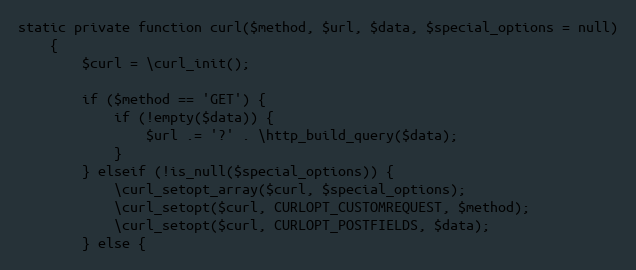
Language: PHP
static private function curl($method, $url, $data, $special_options = null)
    {
        $curl = \curl_init();

        if ($method == 'GET') {
            if (!empty($data)) {
                $url .= '?' . \http_build_query($data);
            }
        } elseif (!is_null($special_options)) {
            \curl_setopt_array($curl, $special_options);
            \curl_setopt($curl, CURLOPT_CUSTOMREQUEST, $method);
            \curl_setopt($curl, CURLOPT_POSTFIELDS, $data);
        } else {